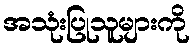
အသုံးပြုသူများကို